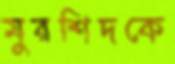
মুরশিদকে